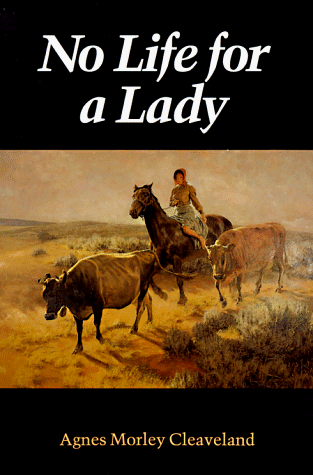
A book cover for No Life for a Lady (Women of the West); Agnes Morley Cleaveland; Biographies & Memoirs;